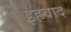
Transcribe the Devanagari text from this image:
इहवाद